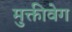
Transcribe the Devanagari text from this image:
मुक्तीवेग